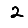
Digit: 2